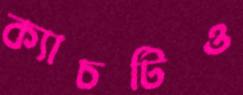
ক্যাচটিও